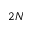
2 N